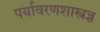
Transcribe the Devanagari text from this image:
पर्यावरणशास्त्रज्ञ